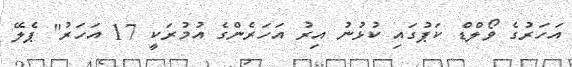
އަހަރުގެ ވޯލްޑް ކަޕުގައި ކުޅުނު އިރު އަހަރެންގެ އުމުރަކީ 17 އަހަރު" ޕެލޭ